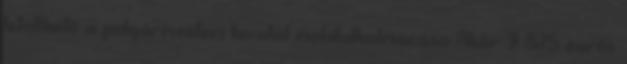
letölthető a polgármesteri hivatal mobilalkalmazása Akár 9 875 eurós